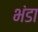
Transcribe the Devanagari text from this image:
भंडा